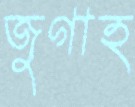
জুগাহ